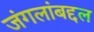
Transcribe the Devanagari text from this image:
जंगलांबद्दल